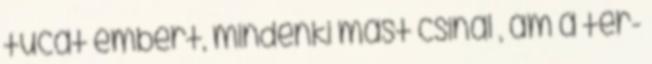
tucat embert, mindenki mást csinál , ám a tér-